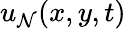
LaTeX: u_{\mathcal{N}}(x,y,t)